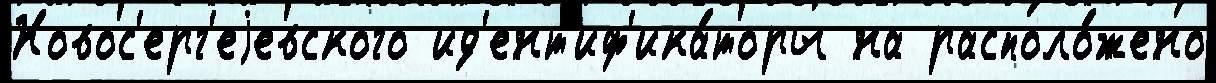
Новос'ерг'еjевского ид'ент'иф'ика́торы на располо́жено